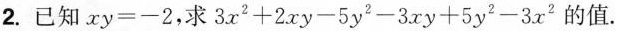
2.已知$$xy=-2$$，求$$3x^{2}+2xy-5y^{2}-3xy+5y^{2}-3x^{2}$$的值.